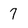
Character: 7